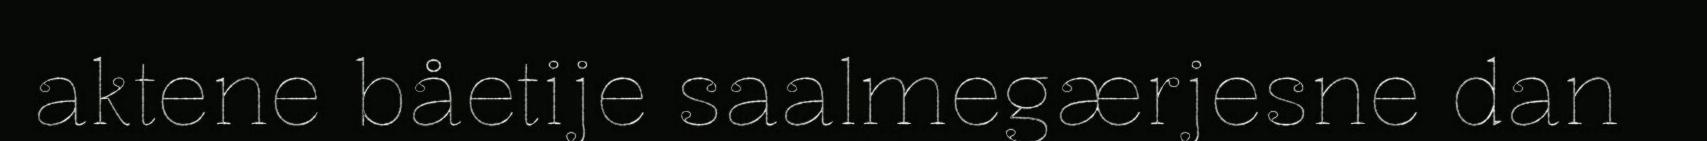
aktene båetije saalmegærjesne dan